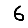
Digit: 6